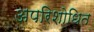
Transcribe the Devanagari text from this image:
अपरिशोधित